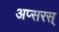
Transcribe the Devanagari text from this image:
अप्सरस्